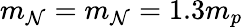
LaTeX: m_{\mathcal{N}}=m_{\mathcal{N}}=1.3m_{p}